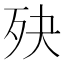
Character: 𣧎